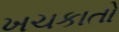
ખચકાતો